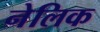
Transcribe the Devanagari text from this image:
नेलिक